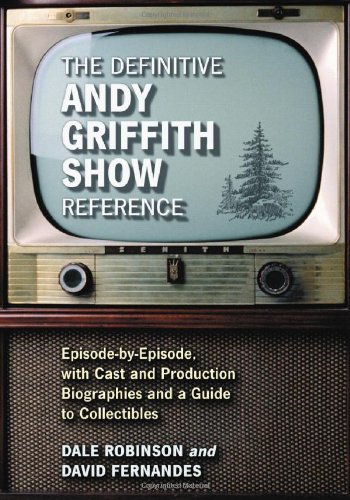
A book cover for The Definitive Andy Griffith Show Reference: Episode-by-Episode, with Cast and Production Biographies and a Guide to Collectibles; Dale Robinson; Humor & Entertainment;